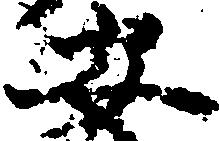
安